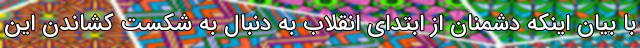
با بیان اینکه دشمنان از ابتدای انقلاب به دنبال به شکست کشاندن این